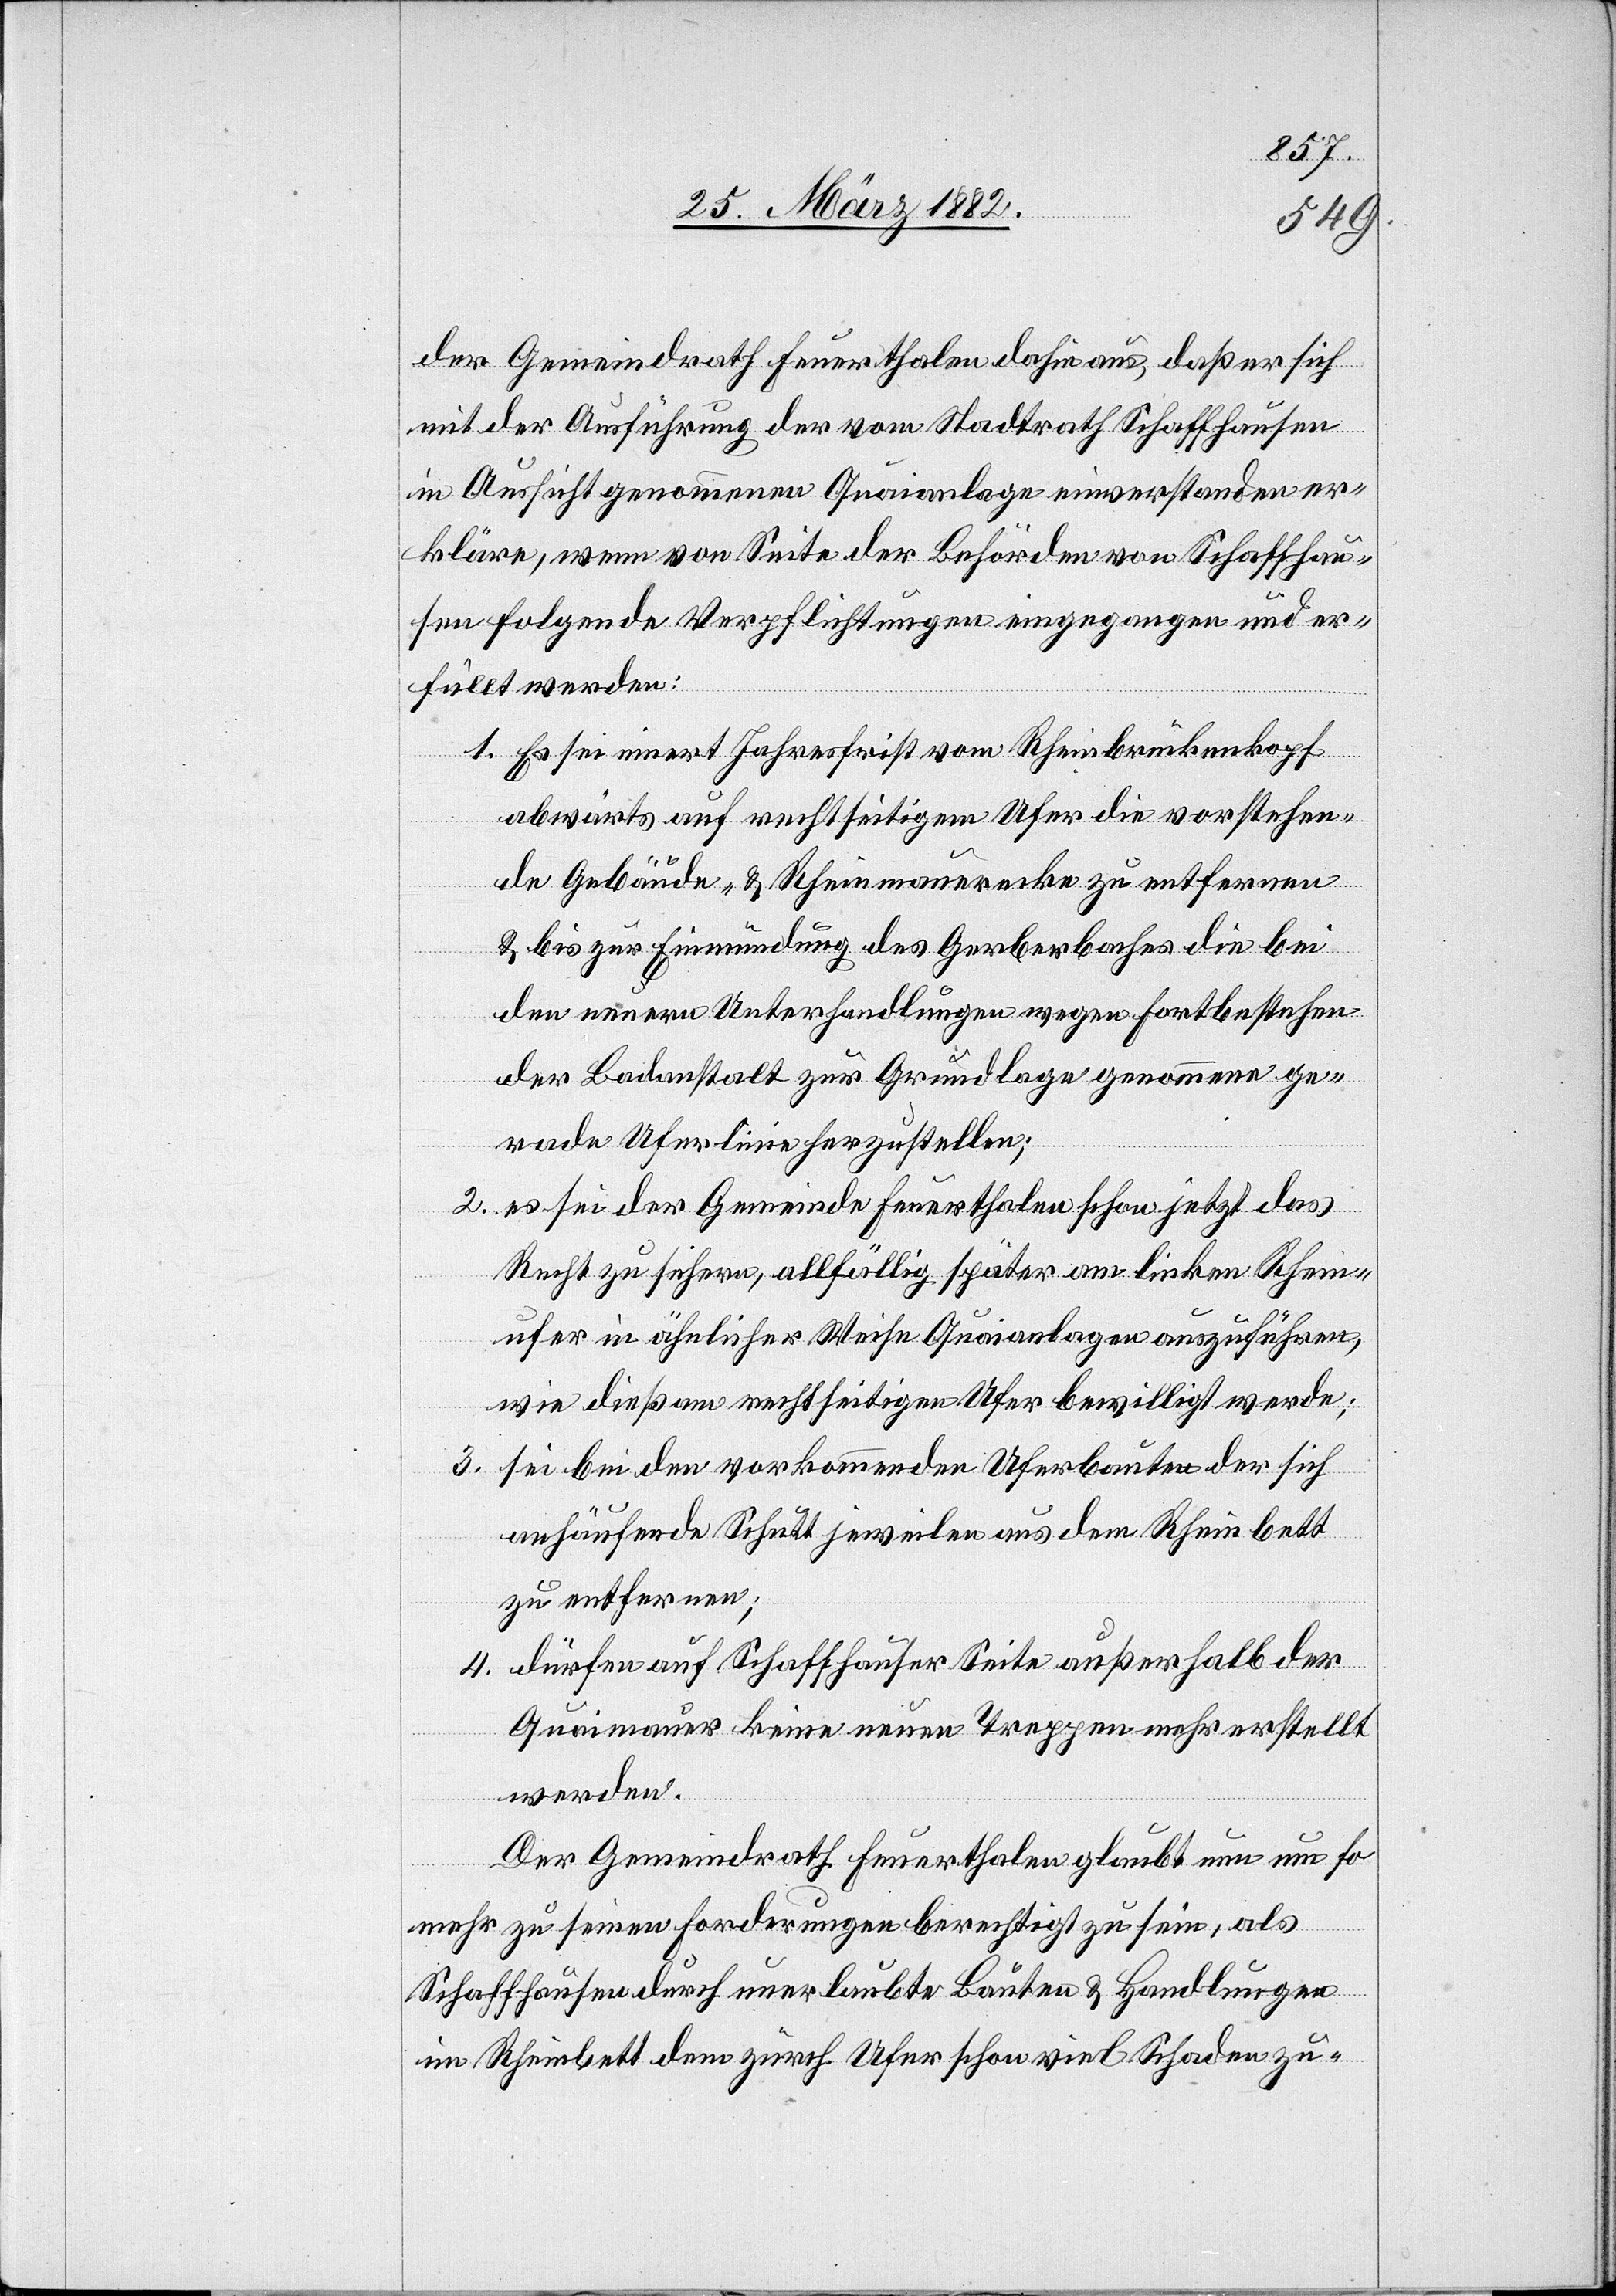
der Gemeindrath Feuerthalen dahin aus, daß er sich
mit der Ausführung der vom Stadtrath Schaffhausen
in Aussicht genommene Quaianlage einverstanden er¬
kläre, wenn von Seite der Behörden von Schaffhau¬
sen folgende Verpflichtungen eingegangen und er¬
füllt werden:
1. Es sei innert Jahresfrist vom Rheinbrückenkopf
abwärts auf rechtseitigem Ufer die vorstehen¬
de Gebäude- & Rheinmauerecke zu entfernen
& bis zur Einmündung des Gerberbaches die bei
den neuern Unterhandlungen wegen Fortbestehen
der Badeanstalt zur Grundlage genommen ge¬
rade Uferlinie herzustellen;
2. es sei der Gemeinde Feuerthalen schon jetzt das
Recht zu sichern, allfällig später am linken Rhein¬
ufer in ähnlicher Weise Quaianlagen auszuführen,
wie dieß am rechtseitigen Ufer bewilligt werde;
3. sei bei den vorkommenden Uferbauten der sich
anhäufende Schutt jeweilen aus dem Rheinbett
zu entfernen;
4. dürfen auf Schaffhauser Seite außerhalb der
Quaimauer keine neuen Treppen mehr erstellt
werden.
Der Gemeindrath Feuerthalen glaubt nun um so
mehr zu seinen Forderungen berechtigt zu sein, als
Schaffhausen durch unerlaubte Bauten & Handlungen
im Rheinbett den zürch. Ufer schon viel Schaden zu-